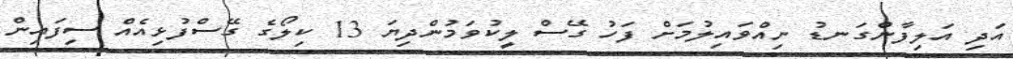
އަދި އަލިފާންގަނޑު ނިއްވައިލުމަށް ފަހު ގޭސް ލީކުވަމުންދިޔަ 13 ކިލޯގެ ގޭސްފުޅިއެއް ސިފައިން